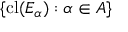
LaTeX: \{ \operatorname { c l } ( E _ { \alpha } ) : \alpha \in A \}